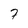
Character: 7